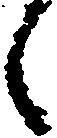
々